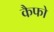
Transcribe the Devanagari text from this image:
कैफो